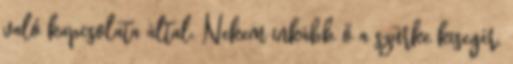
való kapcsolata által. Nekem inkább ő a szürke kisegér.